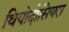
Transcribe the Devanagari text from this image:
थियोदोसियरा